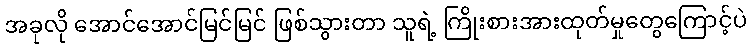
အခုလို အောင်အောင်မြင်မြင် ဖြစ်သွားတာ သူရဲ့ ကြိုးစားအားထုတ်မှုတွေကြောင့်ပဲ